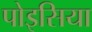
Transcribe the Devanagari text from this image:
पोइसिया